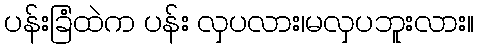
ပန်းခြံထဲက ပန်း လှပလား၊မလှပဘူးလား။